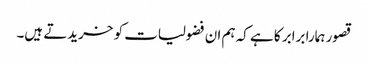
قصور ہمارا برابر کا ہے کہ ہم ان فضولیات کو خریدتے ہیں۔